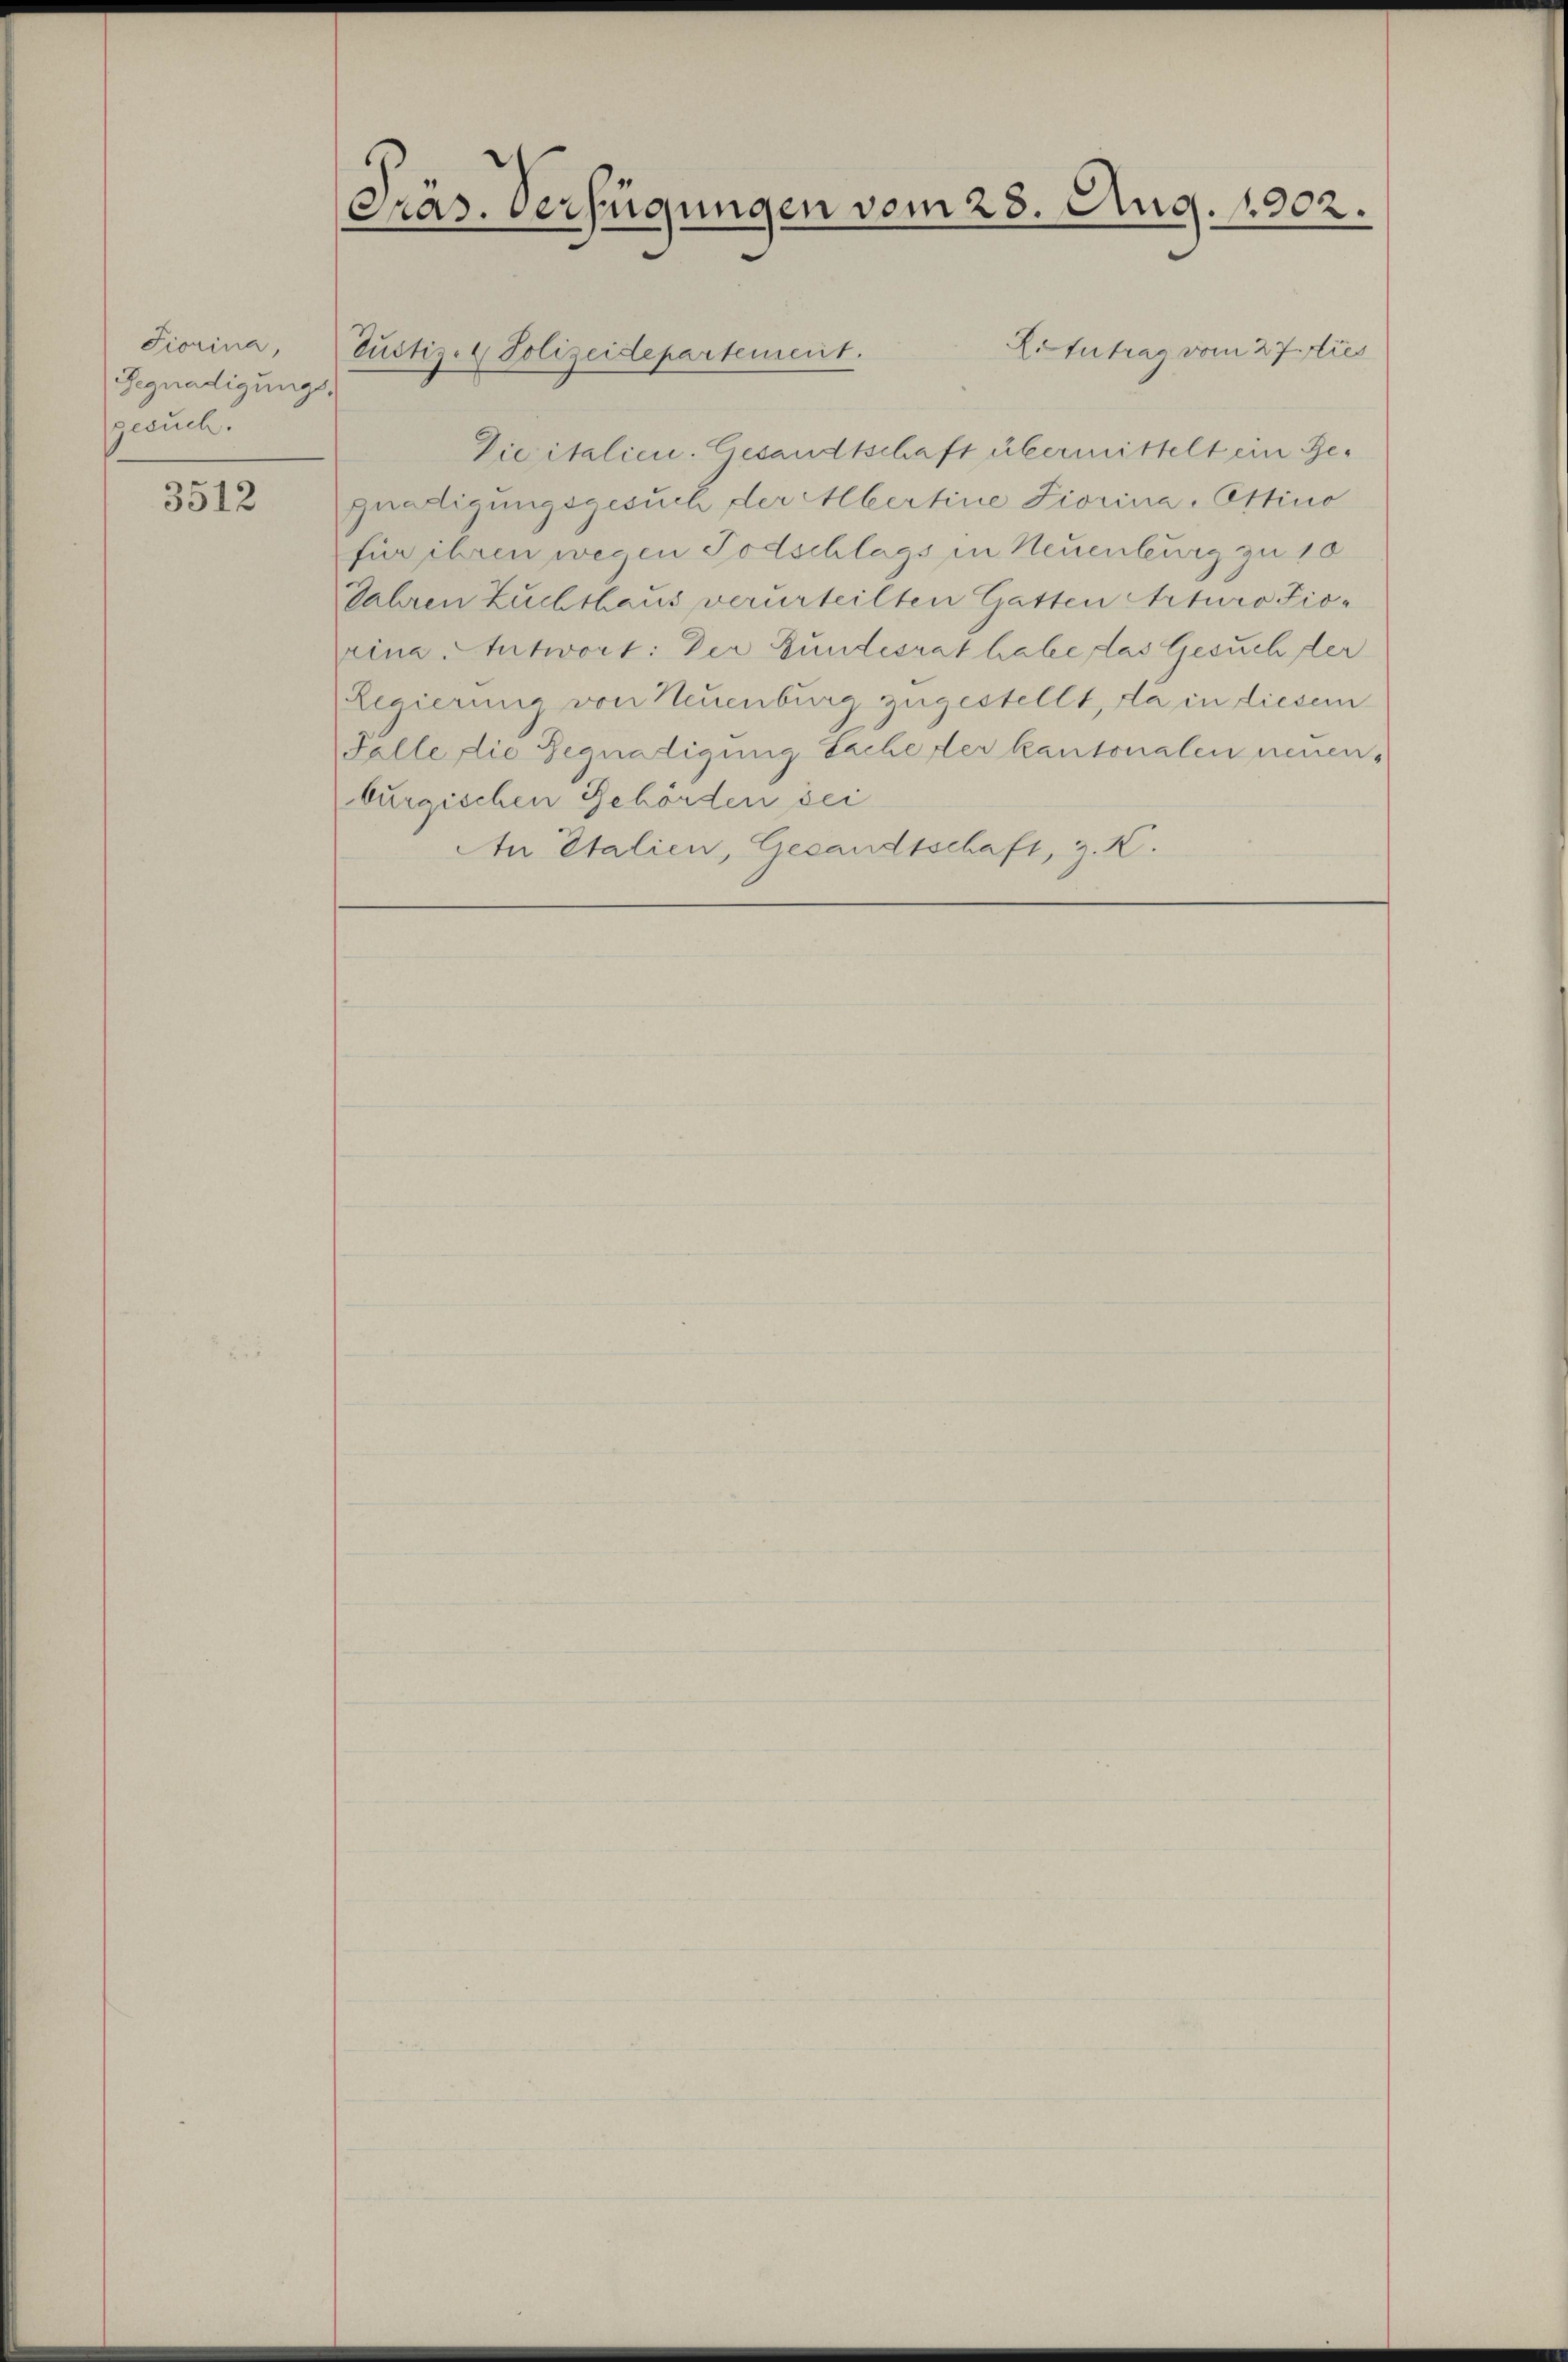
Fiorina,
Begnadigungs
gesuch.

3512

Präs. Verfügungen vom 28. Aug. 1902.

L.Intrag vom 27. Dies
Dicitalien. Gesandtschaft übermittelt ein Gegnadigungsgesuch der Abertine Fiorina. Ettino
für ihren wegen Todschlags in Neuenburg zu 10
Jahren Zuchthaus verurteilten Gatten Arturo Fiorina Antwort: Der Bundesrat habe, das Gesuch der
Regierung von Neuenburg zugestellt, da in diesem
Falle die Begnadigung Sache der kantonalen neuenburgischen Gehörden sei
An Italien, Gesandtschaft, z. K.

Tustiz- & Polizeidepartement.